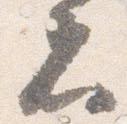
者